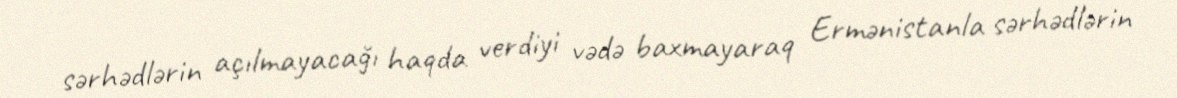
sərhədlərin açılmayacağı haqda verdiyi vədə baxmayaraq Ermənistanla sərhədlərin